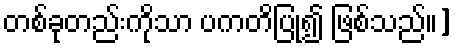
တစ်ခုတည်းကိုသာ ပကတိပြု၍ ဖြစ်သည်၊၊]